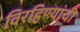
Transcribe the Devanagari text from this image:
विरहिण्यांची